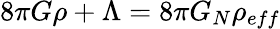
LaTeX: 8\pi G\rho+\Lambda=8\pi G_{N}\rho_{eff}